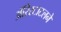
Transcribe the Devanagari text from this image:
ॲरिस्टाटलने